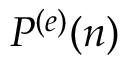
P ^ { ( e ) } ( n )